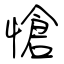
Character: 愴